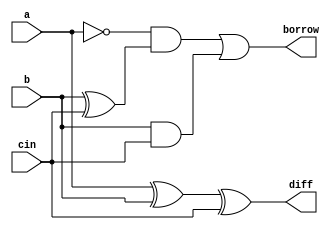
module part_3(input a,b,cin, output diff,borrow);
reg diff,borrow;
always @(a,b,cin)
begin
diff=a^b^cin;
 borrow=~a & (b^cin) | b & cin;
end
endmodule